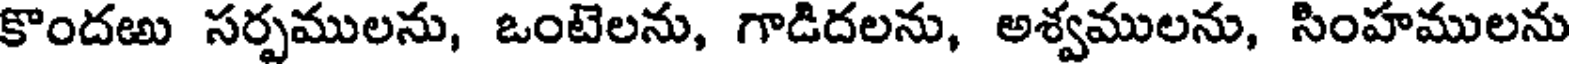
కొందఱు సర్పములను, ఒంటెలను, గాడిదలను, అశ్వములను, సింహములను